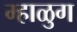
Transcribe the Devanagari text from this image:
म्हाळुग